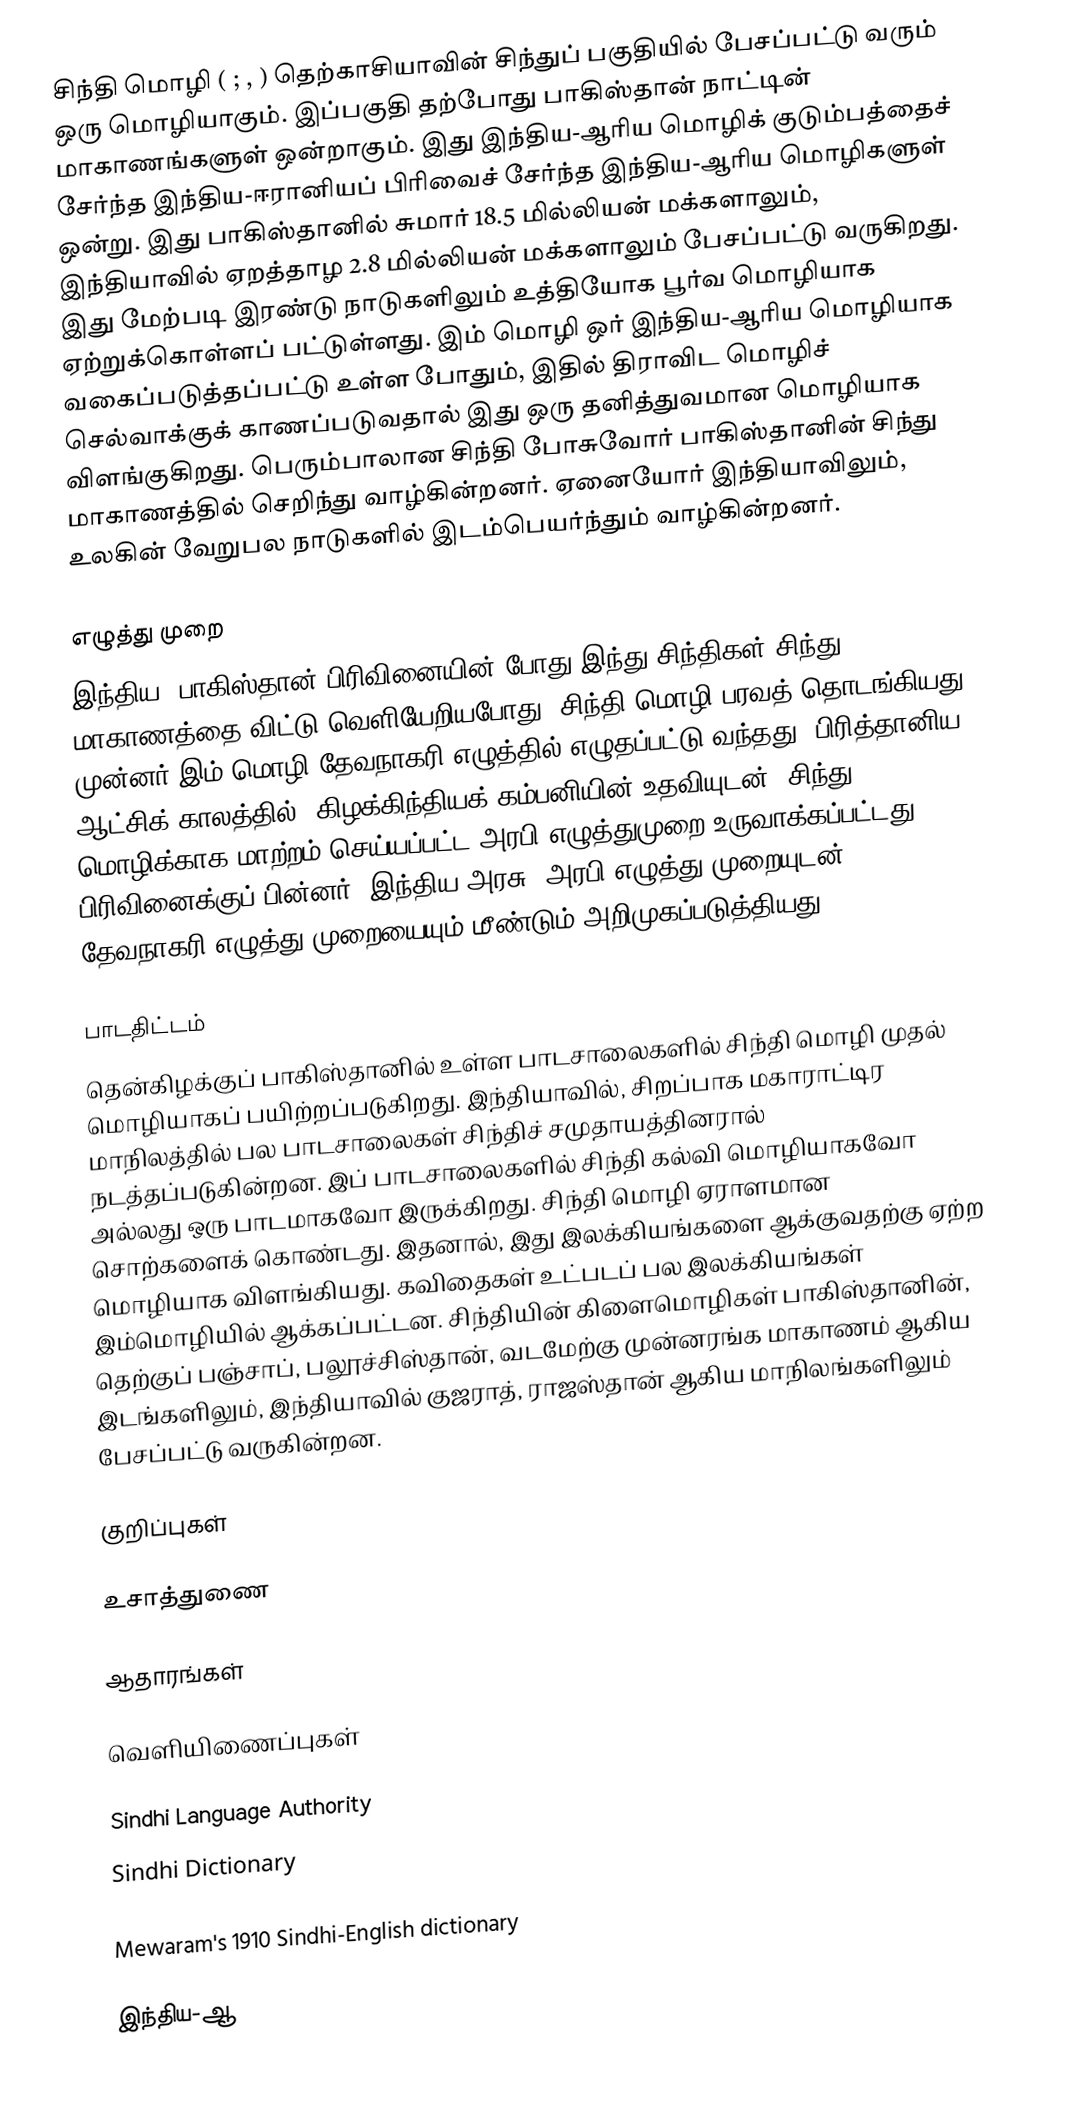
சிந்தி மொழி (  ; , ) தெற்காசியாவின் சிந்துப் பகுதியில் பேசப்பட்டு வரும் ஒரு மொழியாகும். இப்பகுதி தற்போது பாகிஸ்தான் நாட்டின் மாகாணங்களுள் ஒன்றாகும். இது இந்திய-ஆரிய மொழிக் குடும்பத்தைச் சேர்ந்த இந்திய-ஈரானியப் பிரிவைச் சேர்ந்த இந்திய-ஆரிய மொழிகளுள் ஒன்று. இது பாகிஸ்தானில் சுமார் 18.5 மில்லியன் மக்களாலும், இந்தியாவில் ஏறத்தாழ 2.8 மில்லியன் மக்களாலும் பேசப்பட்டு வருகிறது. இது மேற்படி இரண்டு நாடுகளிலும் உத்தியோக பூர்வ மொழியாக ஏற்றுக்கொள்ளப் பட்டுள்ளது. இம் மொழி ஒர் இந்திய-ஆரிய மொழியாக வகைப்படுத்தப்பட்டு உள்ள போதும், இதில் திராவிட மொழிச் செல்வாக்குக் காணப்படுவதால் இது ஒரு தனித்துவமான மொழியாக விளங்குகிறது. பெரும்பாலான சிந்தி போசுவோர் பாகிஸ்தானின் சிந்து மாகாணத்தில் செறிந்து வாழ்கின்றனர். ஏனையோர் இந்தியாவிலும், உலகின் வேறுபல நாடுகளில் இடம்பெயர்ந்தும் வாழ்கின்றனர்.

எழுத்து முறை
இந்திய, பாகிஸ்தான் பிரிவினையின் போது இந்து சிந்திகள் சிந்து மாகாணத்தை விட்டு வெளியேறியபோது, சிந்தி மொழி பரவத் தொடங்கியது. முன்னர் இம் மொழி தேவநாகரி எழுத்தில் எழுதப்பட்டு வந்தது. பிரித்தானிய ஆட்சிக் காலத்தில், கிழக்கிந்தியக் கம்பனியின் உதவியுடன், சிந்து மொழிக்காக மாற்றம் செய்யப்பட்ட அரபி எழுத்துமுறை உருவாக்கப்பட்டது. பிரிவினைக்குப் பின்னர், இந்திய அரசு, அரபி எழுத்து முறையுடன், தேவநாகரி எழுத்து முறையையும் மீண்டும் அறிமுகப்படுத்தியது .

பாடதிட்டம்
தென்கிழக்குப் பாகிஸ்தானில் உள்ள பாடசாலைகளில் சிந்தி மொழி முதல் மொழியாகப் பயிற்றப்படுகிறது. இந்தியாவில், சிறப்பாக மகாராட்டிர மாநிலத்தில் பல பாடசாலைகள் சிந்திச் சமுதாயத்தினரால் நடத்தப்படுகின்றன. இப் பாடசாலைகளில் சிந்தி கல்வி மொழியாகவோ அல்லது ஒரு பாடமாகவோ இருக்கிறது. சிந்தி மொழி ஏராளமான சொற்களைக் கொண்டது. இதனால், இது இலக்கியங்களை ஆக்குவதற்கு ஏற்ற மொழியாக விளங்கியது. கவிதைகள் உட்படப் பல இலக்கியங்கள் இம்மொழியில் ஆக்கப்பட்டன. சிந்தியின் கிளைமொழிகள் பாகிஸ்தானின், தெற்குப் பஞ்சாப், பலூச்சிஸ்தான், வடமேற்கு முன்னரங்க மாகாணம் ஆகிய இடங்களிலும், இந்தியாவில் குஜராத், ராஜஸ்தான் ஆகிய மாநிலங்களிலும் பேசப்பட்டு வருகின்றன.

குறிப்புகள்

உசாத்துணை

ஆதாரங்கள்

வெளியிணைப்புகள்

 Sindhi Language Authority
 Sindhi Dictionary

 Mewaram's 1910 Sindhi-English dictionary

இந்திய-ஆ